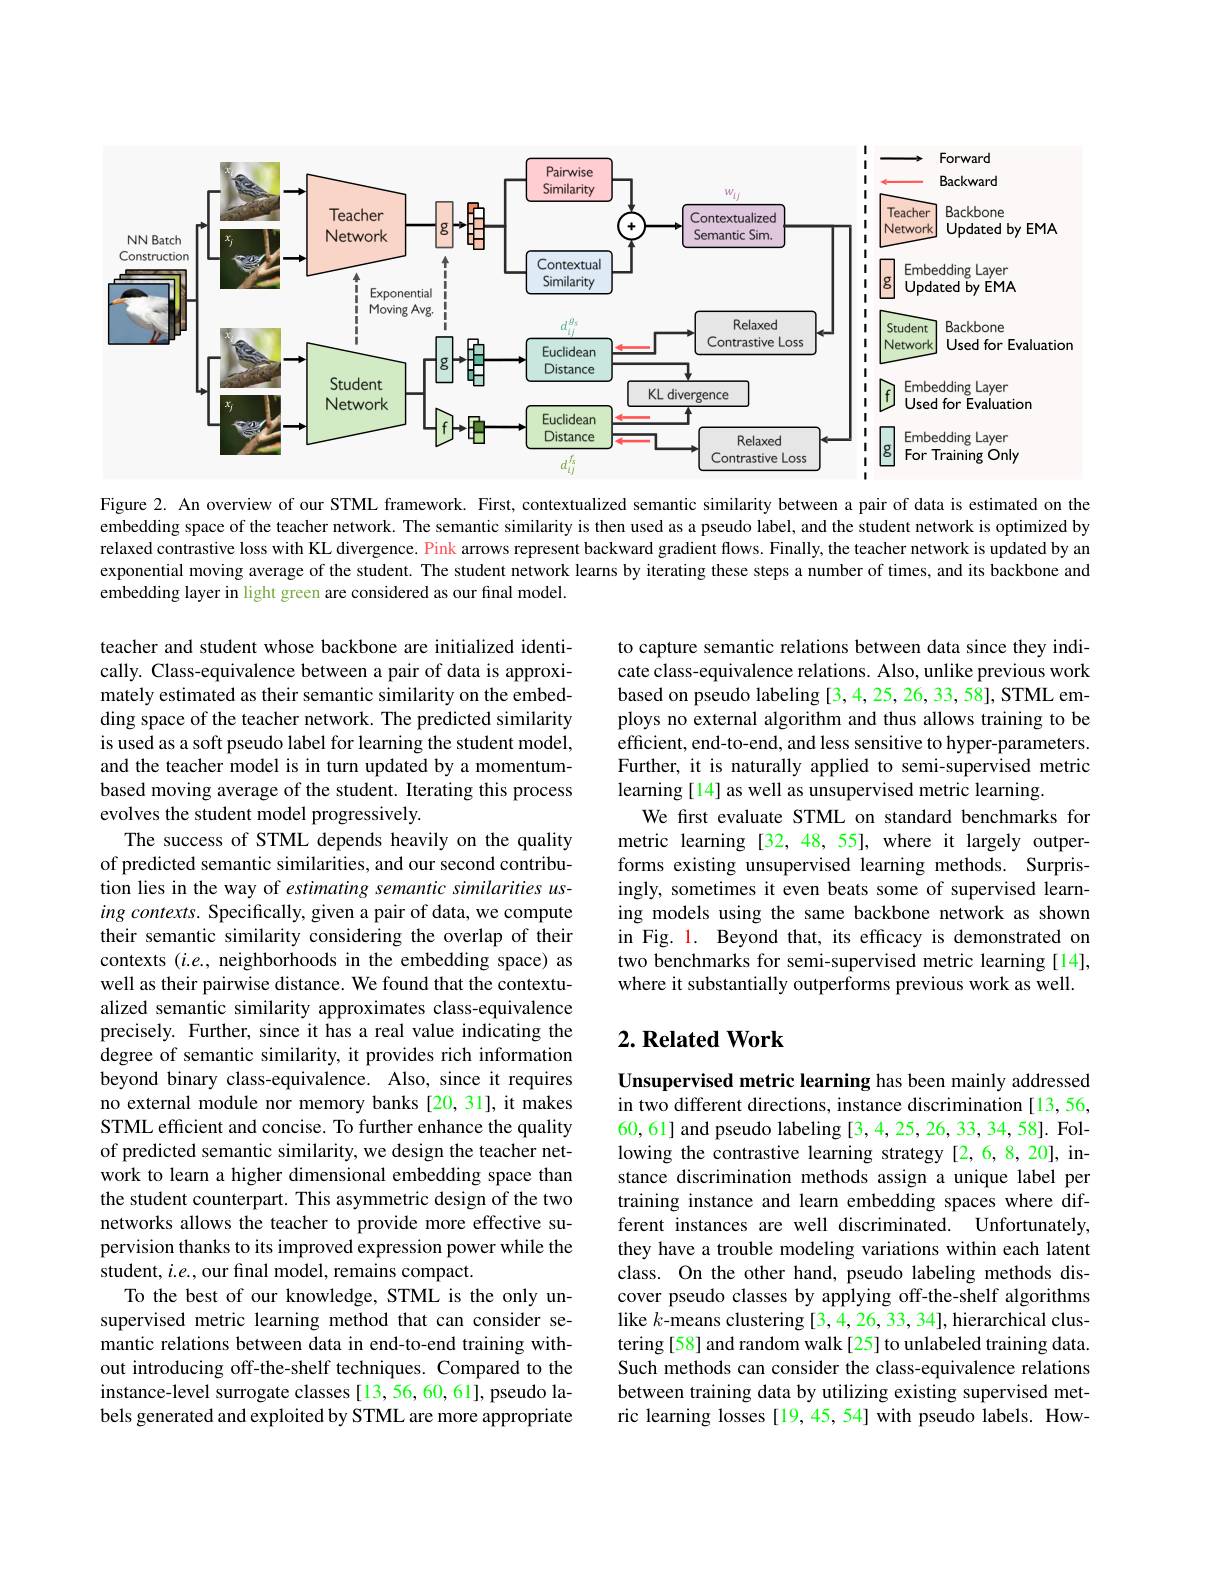
<FigureHere>

Figure 2. An overview of our STML framework. First, contextualized semantic similarity between a pair of data is estimated on the embedding space of the teacher network. The semantic similarity is then used as a pseudo label, and the student network is optimized by relaxed contrastive loss with KL divergence. Pink arrows represent backward gradient flows. Finally, the teacher network is updated by an exponential moving average of the student. The student network learns by iterating these steps a number of times, and its backbone and embedding layer in light green are considered as our final model.

to capture semantic relations between data since they indicate class-equivalence relations. Also, unlike previous work based on pseudo labeling [3,4,25,26,33,58], STML employs no external algorithm and thus allows training to be efficient, end-to-end, and less sensitive to hyper-parameters. Further, it is naturally applied to semi-supervised metric learning [14] as well as unsupervised metric learning
We first evaluate STML on standard benchmarks for metric learning [32,48,55], where it largely outperforms existing unsupervised learning methods. Surprisingly, sometimes it even beats some of supervised learning models using the same backbone network as shown in Fig. 1. Beyond that, its efficacy is demonstrated on two benchmarks for semi-supervised metric learning [14], where it substantially outperforms previous work as well.

teacher and student whose backbone are initialized identically. Class-equivalence between a pair of data is approximately estimated as their semantic similarity on the embedding space of the teacher network. The predicted similarity is used as a soft pseudo label for learning the student model, and the teacher model is in turn updated by a momentumbased moving average of the student. Iterating this process evolves the student model progressively.
The success of STML depends heavily on the quality of predicted semantic similarities, and our second contribution lies in the way of estimating semantic similarities using contexts. Specifically, given a pair of data, we compute their semantic similarity considering the overlap of their contexts $(i.e.$, neighborhoods in the embedding space) as well as their pairwise distance. We found that the contextualized semantic similarity approximates class-equivalence precisely. Further, since it has a real value indicating the degree of semantic similarity, it provides rich information beyond binary class-equivalence. Also, since it requires no external module nor memory banks [20,31], it makes STML efficient and concise. To further enhance the quality of predicted semantic similarity, we design the teacher network to learn a higher dimensional embedding space than the student counterpart. This asymmetric design of the two networks allows the teacher to provide more effective supervision thanks to its improved expression power while the student, $i.e.$, our final model, remains compact.
To the best of our knowledge, STML is the only unsupervised metric learning method that can consider semantic relations between data in end-to-end training without introducing off-the-shelf techniques. Compared to the instance-level surrogate classes [13, 56, 60, 61], pseudo labels generated and exploited by STML are more appropriate

## $2. \textbf{ Related Work}$

Unsupervised metric learning has been mainly addressed in two different directions, instance discrimination[13,56, 60, 61] and pseudo labeling [3,4,25,26,33,34,58]. Following the contrastive learning strategy[2,6,8,20], instance discrimination methods assign a unique label per training instance and learn embedding spaces where different instances are well discriminated. Unfortunately, they have a trouble modeling variations within each latent class. On the other hand, pseudo labeling methods discover pseudo classes by applying off-the-shelf algorithms like $k$-means clustering [3,4,26,33,34], hierarchical clustering [58] and random walk [25] to unlabeled training data. Such methods can consider the class-equivalence relations between training data by utilizing existing supervised metric learning losses [19,45,54] with pseudo labels. How-